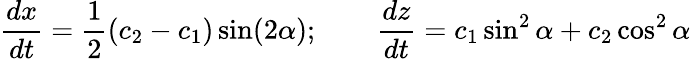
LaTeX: \frac{dx}{dt}=\frac{1}{2}(c_{2}-c_{1})\sin(2\alpha);\qquad\frac{dz}{dt}=c_{1}\sin^{2}\alpha+c_{2}\cos^{2}\alpha